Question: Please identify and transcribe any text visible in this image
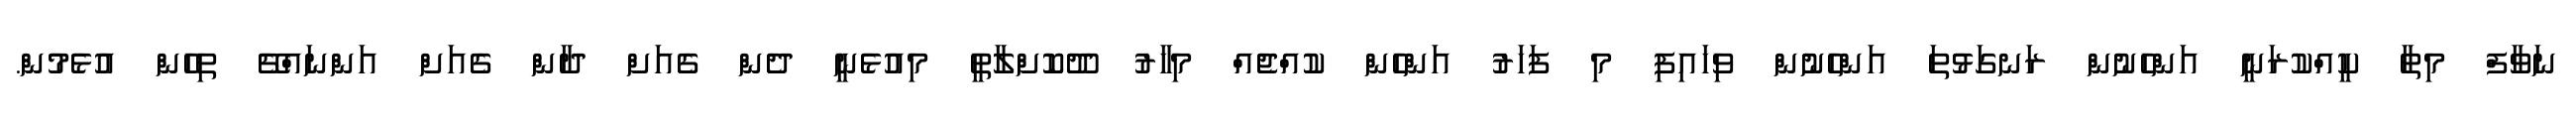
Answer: ނަވާފް މިތާ ކީއްކުރަނީ އަންހެނުން ރަނގަޅުތަ އަންހެނުން ވިހައިފި މި ފަހަރު އަންހެން ކުއްޖެއް މިހާރު ދޫކޮށްލާތީ މިއުޅެނީ ދެން ގެއަށް ދާން ގެއަށް އަންނައްޗޭ ތިހެން އުޅެމުން.